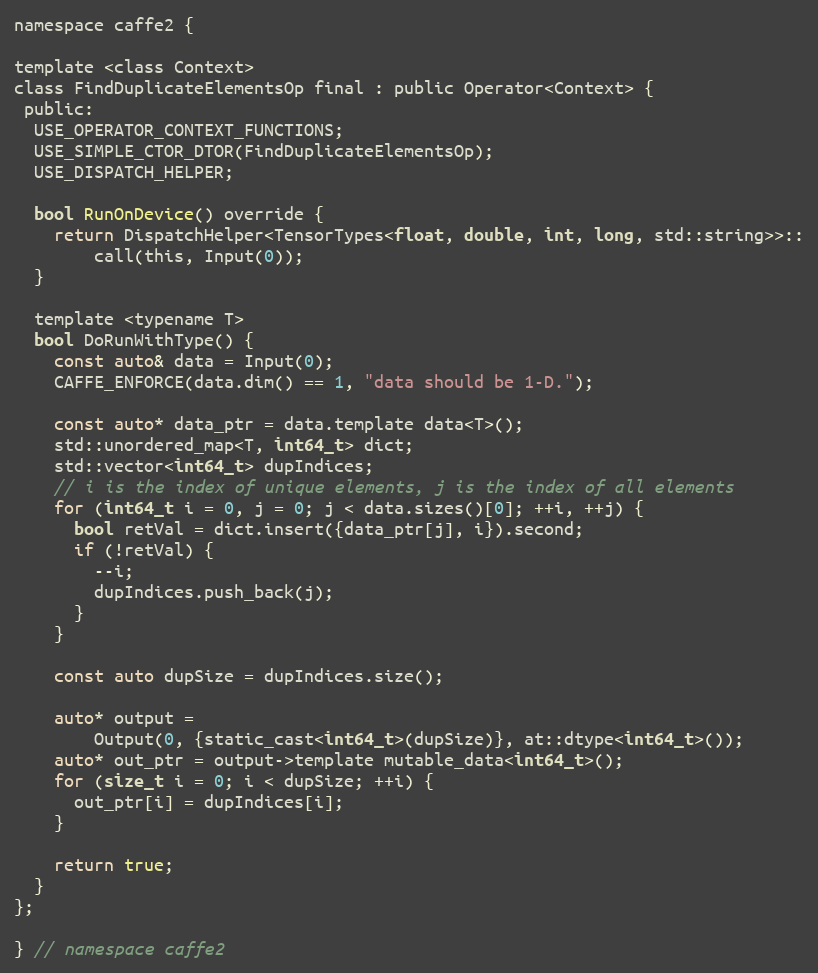
Language: C
namespace caffe2 {

template <class Context>
class FindDuplicateElementsOp final : public Operator<Context> {
 public:
  USE_OPERATOR_CONTEXT_FUNCTIONS;
  USE_SIMPLE_CTOR_DTOR(FindDuplicateElementsOp);
  USE_DISPATCH_HELPER;

  bool RunOnDevice() override {
    return DispatchHelper<TensorTypes<float, double, int, long, std::string>>::
        call(this, Input(0));
  }

  template <typename T>
  bool DoRunWithType() {
    const auto& data = Input(0);
    CAFFE_ENFORCE(data.dim() == 1, "data should be 1-D.");

    const auto* data_ptr = data.template data<T>();
    std::unordered_map<T, int64_t> dict;
    std::vector<int64_t> dupIndices;
    // i is the index of unique elements, j is the index of all elements
    for (int64_t i = 0, j = 0; j < data.sizes()[0]; ++i, ++j) {
      bool retVal = dict.insert({data_ptr[j], i}).second;
      if (!retVal) {
        --i;
        dupIndices.push_back(j);
      }
    }

    const auto dupSize = dupIndices.size();

    auto* output =
        Output(0, {static_cast<int64_t>(dupSize)}, at::dtype<int64_t>());
    auto* out_ptr = output->template mutable_data<int64_t>();
    for (size_t i = 0; i < dupSize; ++i) {
      out_ptr[i] = dupIndices[i];
    }

    return true;
  }
};

} // namespace caffe2